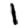
Digit: 1